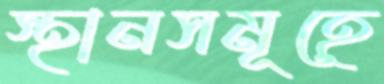
স্থানসমূহে